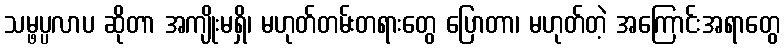
သမ္ဖပ္ပလာပ ဆိုတာ အကျိုးမရှိ၊ မဟုတ်တမ်းတရားတွေ ပြောတာ၊ မဟုတ်တဲ့ အကြောင်းအရာတွေ